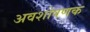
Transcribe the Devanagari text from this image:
अवशोषणक